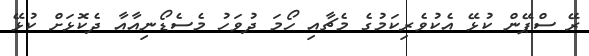
ރޭ ސްޕޭން ކުޅޭ އެކުވެރިކަމުގެ މެޗާއި ހޯމަ ދުވަހު މެސެޑޯނިއާއާ ދެކޮޅަށް ކުޅޭ